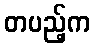
တပည့်က